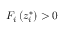
F _ { i } \left( z _ { i } ^ { * } \right) > 0